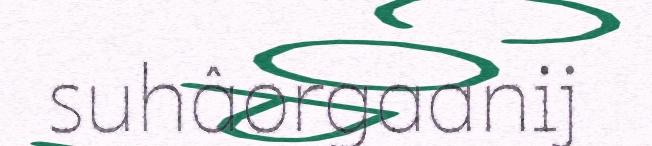
suhâorgaanij